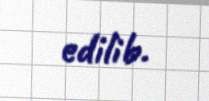
edilib.